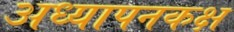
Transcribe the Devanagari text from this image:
अध्यापनकक्ष